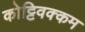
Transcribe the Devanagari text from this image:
कोट्टिवक्कम